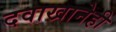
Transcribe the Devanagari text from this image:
दवाखानेही